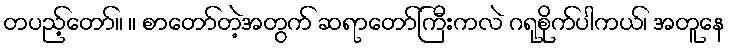
တပည့်တော်။ ။ စာတော်တဲ့အတွက် ဆရာတော်ကြီးကလဲ ဂရုစိုက်ပါကယ်၊ အတူနေ